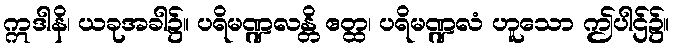
ဣဒါနိ၊ ယခုအခါ၌။ ပရိမဏ္ဍလန္တိ ဧတ္ထ၊ ပရိမဏ္ဍလံ ဟူသော ဤပါဌ်၌။